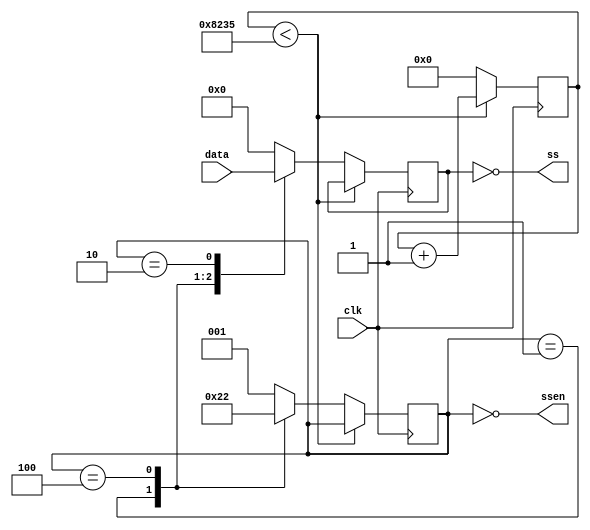
// This program was cloned from: https://github.com/sam210723/fpga
// License: MIT License

module sevenseg(
    input clk,

    input  [23:0] data,
    output [ 7:0] ss,
    output [ 2:0] ssen
);

    // Clock divider parameters
	parameter rate  = 1000;
	parameter clk_f = 100000000;
	parameter clk_d = clk_f / (rate * 3);

    reg [31:0] c;
    reg [2:0] digit = 3'b0;
    reg [7:0] segments;
    always @(posedge clk) begin
        if (c < clk_d)
            c <= c + 1;
        else begin
            c <= 0;

            case (digit)
                3'b001: begin
                    segments <= data[23:16];
                    digit <= 3'b100;
                end
                3'b100: begin
                    segments <= data[15:8];
                    digit <= 3'b010;
                end
                3'b010: begin
                    segments <= data[7:0];
                    digit <= 3'b001;
                end
                default: begin
                    segments <= 8'h00;
                    digit <= 3'b001;
                end
            endcase
        end
    end

    assign ss   = ~segments;
    assign ssen = ~digit;

endmodule